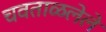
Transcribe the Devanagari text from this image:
चवताळलेले